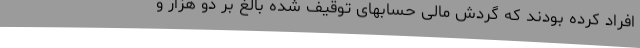
افراد کرده بودند که گردش مالی حسابهای توقیف شده بالغ بر دو هزار و